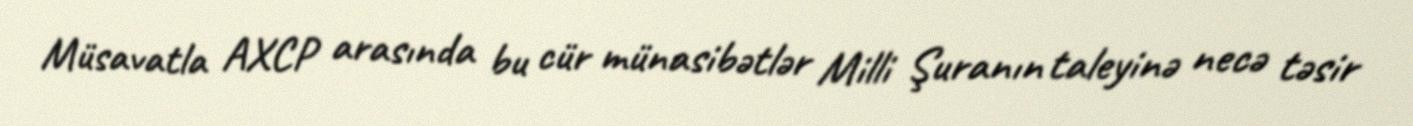
Müsavatla AXCP arasında bu cür münasibətlər Milli Şuranın taleyinə necə təsir